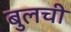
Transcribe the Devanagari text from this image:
बुलची